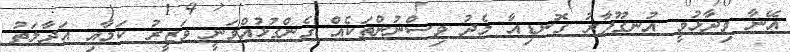
އޭނާ ވިދާޅުވީ އުނގޫފާރު ގޮނޑިއާ މެދު ވިސްނުންތަކެއް ގެންގުޅުއްވަނީ ވަޒީރު ކަމާއި އަދާލަތު